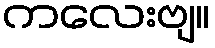
ကလေးဗျ။